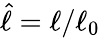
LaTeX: \hat{\ell}=\ell/\ell_{0}